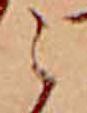
ら